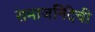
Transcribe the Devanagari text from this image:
समाजनिंदेची